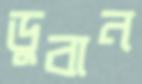
ডুবান